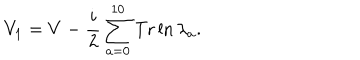
LaTeX: V _ { 1 } = V - { \frac { i } { 2 } } \sum _ { a = 0 } ^ { 1 0 } \mathrm { T r } \ln \lambda _ { a } .